Vaccine operations Central Provinces 1868-1885 - 1868-1885
Year: 1868
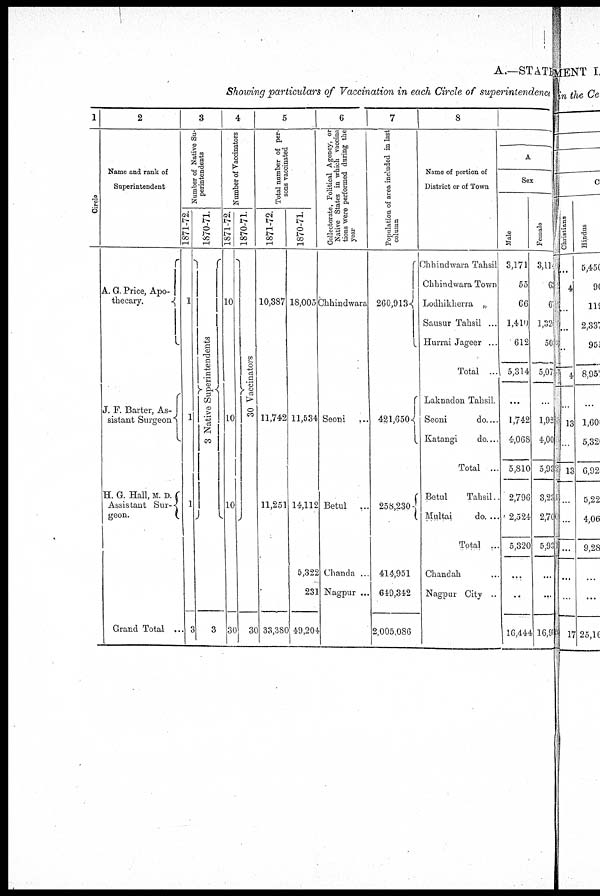
A.—STATE
Showing particulars of Vaccination in each Circle of superintendence
1
Circle
2
Name and rank of
Superintendent
A. G. Price, Apo-
thecary.
J. F. Barter, As-
sistant Surgeon
H. G. Hall, M. D. F.
Assistant Sur¬
geon.
Grand Total ..
3
Number of Native Su-
perintendents
1871-72.
1
1
1
3
1870-71.
3 Native Superintendents
3
4
Number of Vaccinators
1871-72.
10
10
10
30
1870-71.
30 Vaccinators
30
5
Total number of per-
sons vaccinated
1871-72.
10,387
11,742
11,251
33,380
1870-71.
18,005
11,534
14,112
5,322
231
49,204
6
Collectorate, Political Agency, or
Native States in which vaccina
tions were performed during the
year
Chhindwara
Seoni ...
Betul ...
Chanda ...
Nagpur ...
7
Population of area included in last
column
260,913
431,650
258,230
414,951
649,342
2,005,086
8
Name of portion of
District or of Town
Chhindwara Tahsil
Chhindwara Town
Lodhikherra „
Sausur Tahsil ...
Hurrai Jageer ...
Total ...
Laknadon Tahsil.
Seoni
do....
Katangi
do....
Total ...
Betul
Tahsil.
Multai
do. ...
Total ..
Chandah ...
Nagpur City ..
A
Sex
Male
3,171
55
66
1,410
612
5,314
...
1,742
4,068
5,810
2,796
2,524
5,320
...
..
16,444
Female
3,11
63
60
l,320
502
5,07
...
1,920
4,00
5,93
3,23
2,70
5,93
...
...
16,93